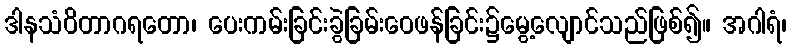
ဒါနသံဝိတာဂရတော၊ ပေးကမ်းခြင်းခွဲခြမ်းဝေဖန်ခြင်း၌မွေ့လျောင်သည်ဖြစ်၍။ အဂါရံ၊